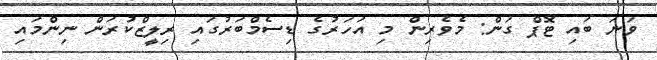
ވަނަ ބައި ޓޮޕް ގަން: މެވެރިން މި އަހަރުގެ ޑިސެމްބަރުގައި ރިލީޒްކުރަން ނިންމައި